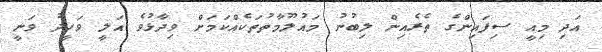
އަދި މިއީ ސިފައިންގެ ތެރެއިން ލިބުނު މައުލޫމާތުތަކެއްކަމަށް ވިދާޅުވެ އަލީ ވަހީދު ވަނީ